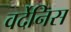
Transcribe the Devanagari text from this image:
वर्देनिस